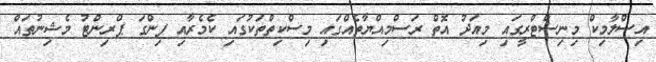
އިސްލާމިކް މިނިސްޓްރީގައި މިއަދު އޮތް ރަސްމިއްޔާތެއްގައި މިސްކިތްތަކުގައި ކެމެރާއި ފިންގަ ޕްރިންޓު މެޝިނުތައް